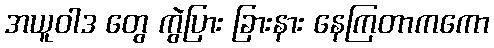
အယူဝါဒ တွေ ကွဲပြား ခြားနား နေကြတာကကော